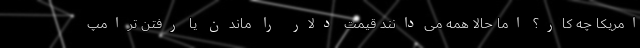
امریکا چه کار؟ اما حالا همه می‌دانند قیمت دلار را ماندن یا رفتن ترامپ